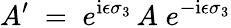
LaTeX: A^{\prime}\; =\; e^{\mathrm{i}\epsilon\sigma_{3}}\, A\; e^{-\mathrm{i}\epsilon\sigma_{3}}